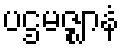
ပဌမဇ္ဈာနံ